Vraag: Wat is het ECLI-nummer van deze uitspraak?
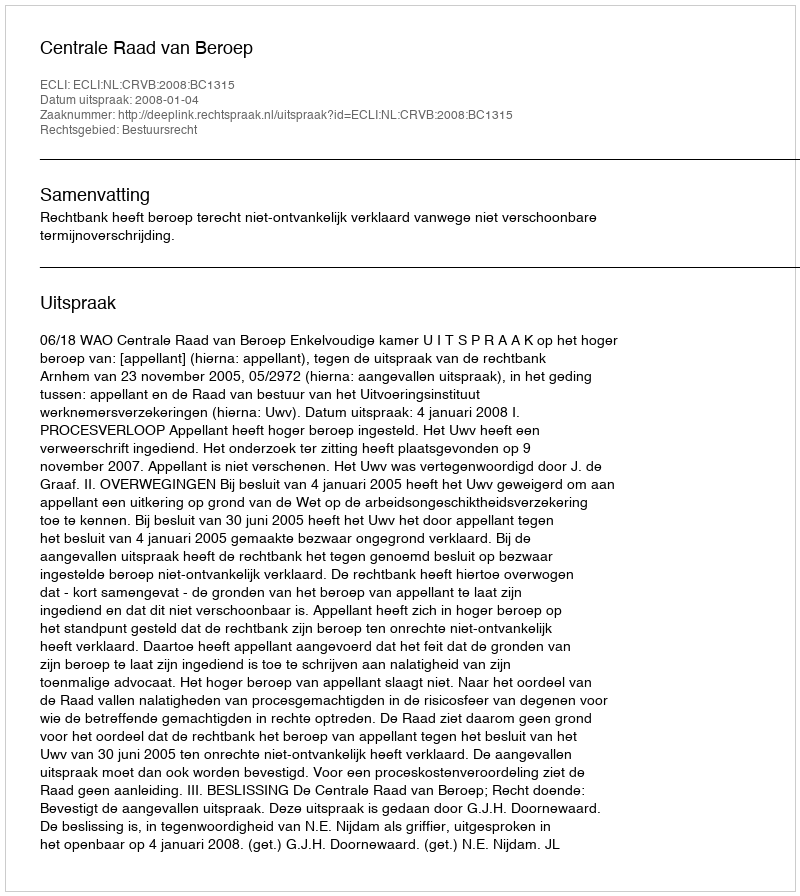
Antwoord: ECLI:NL:CRVB:2008:BC1315